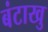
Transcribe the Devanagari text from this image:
बंटाखु